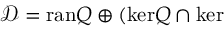
\mathcal { D } = \mathrm { r a n } Q \oplus ( \mathrm { k e r } Q \cap \mathrm { k e r }